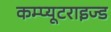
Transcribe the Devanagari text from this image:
कम्प्यूटराइज्ड